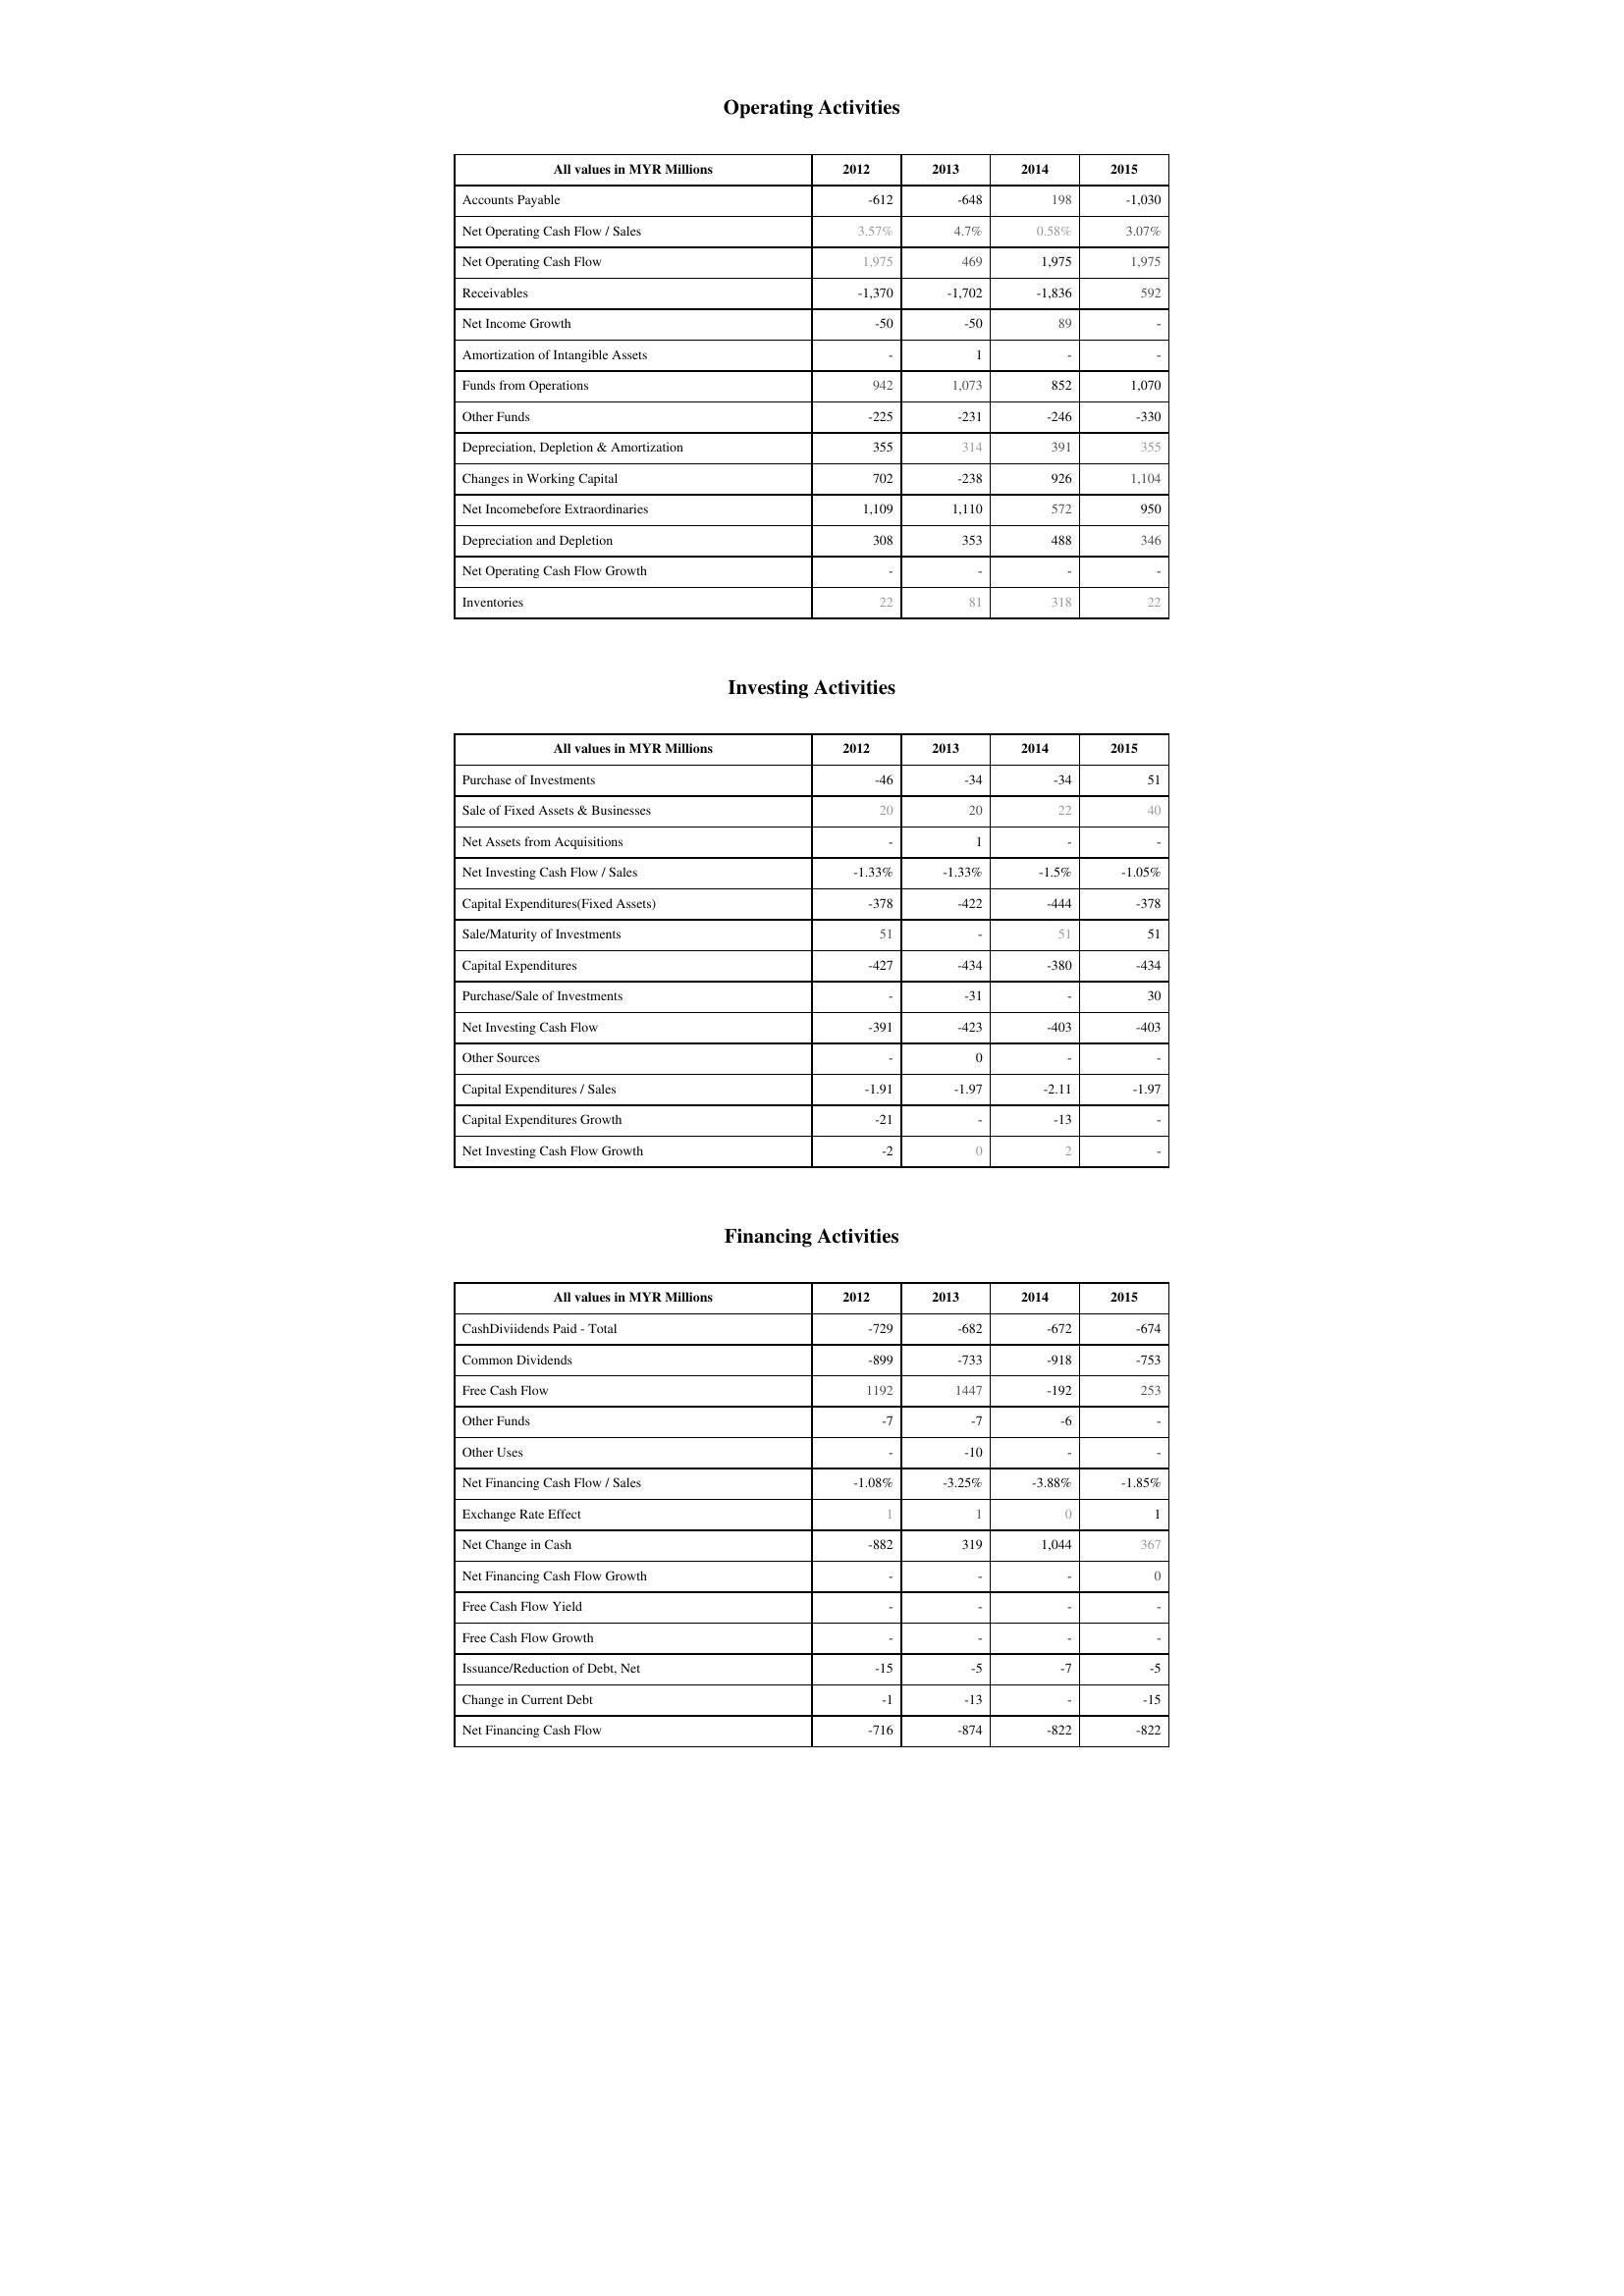
2012: Operating Activities: Accounts Payable: -612
Net Operating Cash Flow / Sales: 3.57%
Net Operating Cash Flow: 1,975
Receivables: -1,370
Net Income Growth: -50
Amortization of Intangible Assets: -
Funds from Operations: 942
Other Funds: -225
Depreciation, Depletion & Amortization: 355
Changes in Working Capital: 702
Net Incomebefore Extraordinaries: 1,109
Depreciation and Depletion: 308
Net Operating Cash Flow Growth: -
Inventories: 22
Investing Activities: Purchase of Investments: -46
Sale of Fixed Assets & Businesses: 20
Net Assets from Acquisitions: -
Net Investing Cash Flow / Sales: -1.33%
Capital Expenditures(Fixed Assets): -378
Sale/Maturity of Investments: 51
Capital Expenditures: -427
Purchase/Sale of Investments: -
Net Investing Cash Flow: -391
Other Sources: -
Capital Expenditures / Sales: -1.91
Capital Expenditures Growth: -21
Net Investing Cash Flow Growth: -2
Financing Activities: CashDiviidends Paid - Total: -729
Common Dividends: -899
Free Cash Flow: 1192
Other Funds: -7
Other Uses: -
Net Financing Cash Flow / Sales: -1.08%
Exchange Rate Effect: 1
Net Change in Cash: -882
Net Financing Cash Flow Growth: -
Free Cash Flow Yield: -
Free Cash Flow Growth: -
Issuance/Reduction of Debt, Net: -15
Change in Current Debt: -1
Net Financing Cash Flow: -716
2013: Operating Activities: Accounts Payable: -648
Net Operating Cash Flow / Sales: 4.7%
Net Operating Cash Flow: 469
Receivables: -1,702
Net Income Growth: -50
Amortization of Intangible Assets: 1
Funds from Operations: 1,073
Other Funds: -231
Depreciation, Depletion & Amortization: 314
Changes in Working Capital: -238
Net Incomebefore Extraordinaries: 1,110
Depreciation and Depletion: 353
Net Operating Cash Flow Growth: -
Inventories: 81
Investing Activities: Purchase of Investments: -34
Sale of Fixed Assets & Businesses: 20
Net Assets from Acquisitions: 1
Net Investing Cash Flow / Sales: -1.33%
Capital Expenditures(Fixed Assets): -422
Sale/Maturity of Investments: -
Capital Expenditures: -434
Purchase/Sale of Investments: -31
Net Investing Cash Flow: -423
Other Sources: 0
Capital Expenditures / Sales: -1.97
Capital Expenditures Growth: -
Net Investing Cash Flow Growth: 0
Financing Activities: CashDiviidends Paid - Total: -682
Common Dividends: -733
Free Cash Flow: 1447
Other Funds: -7
Other Uses: -10
Net Financing Cash Flow / Sales: -3.25%
Exchange Rate Effect: 1
Net Change in Cash: 319
Net Financing Cash Flow Growth: -
Free Cash Flow Yield: -
Free Cash Flow Growth: -
Issuance/Reduction of Debt, Net: -5
Change in Current Debt: -13
Net Financing Cash Flow: -874
2014: Operating Activities: Accounts Payable: 198
Net Operating Cash Flow / Sales: 0.58%
Net Operating Cash Flow: 1,975
Receivables: -1,836
Net Income Growth: 89
Amortization of Intangible Assets: -
Funds from Operations: 852
Other Funds: -246
Depreciation, Depletion & Amortization: 391
Changes in Working Capital: 926
Net Incomebefore Extraordinaries: 572
Depreciation and Depletion: 488
Net Operating Cash Flow Growth: -
Inventories: 318
Investing Activities: Purchase of Investments: -34
Sale of Fixed Assets & Businesses: 22
Net Assets from Acquisitions: -
Net Investing Cash Flow / Sales: -1.5%
Capital Expenditures(Fixed Assets): -444
Sale/Maturity of Investments: 51
Capital Expenditures: -380
Purchase/Sale of Investments: -
Net Investing Cash Flow: -403
Other Sources: -
Capital Expenditures / Sales: -2.11
Capital Expenditures Growth: -13
Net Investing Cash Flow Growth: 2
Financing Activities: CashDiviidends Paid - Total: -672
Common Dividends: -918
Free Cash Flow: -192
Other Funds: -6
Other Uses: -
Net Financing Cash Flow / Sales: -3.88%
Exchange Rate Effect: 0
Net Change in Cash: 1,044
Net Financing Cash Flow Growth: -
Free Cash Flow Yield: -
Free Cash Flow Growth: -
Issuance/Reduction of Debt, Net: -7
Change in Current Debt: -
Net Financing Cash Flow: -822
2015: Operating Activities: Accounts Payable: -1,030
Net Operating Cash Flow / Sales: 3.07%
Net Operating Cash Flow: 1,975
Receivables: 592
Net Income Growth: -
Amortization of Intangible Assets: -
Funds from Operations: 1,070
Other Funds: -330
Depreciation, Depletion & Amortization: 355
Changes in Working Capital: 1,104
Net Incomebefore Extraordinaries: 950
Depreciation and Depletion: 346
Net Operating Cash Flow Growth: -
Inventories: 22
Investing Activities: Purchase of Investments: 51
Sale of Fixed Assets & Businesses: 40
Net Assets from Acquisitions: -
Net Investing Cash Flow / Sales: -1.05%
Capital Expenditures(Fixed Assets): -378
Sale/Maturity of Investments: 51
Capital Expenditures: -434
Purchase/Sale of Investments: 30
Net Investing Cash Flow: -403
Other Sources: -
Capital Expenditures / Sales: -1.97
Capital Expenditures Growth: -
Net Investing Cash Flow Growth: -
Financing Activities: CashDiviidends Paid - Total: -674
Common Dividends: -753
Free Cash Flow: 253
Other Funds: -
Other Uses: -
Net Financing Cash Flow / Sales: -1.85%
Exchange Rate Effect: 1
Net Change in Cash: 367
Net Financing Cash Flow Growth: 0
Free Cash Flow Yield: -
Free Cash Flow Growth: -
Issuance/Reduction of Debt, Net: -5
Change in Current Debt: -15
Net Financing Cash Flow: -822